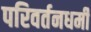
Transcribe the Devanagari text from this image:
परिवर्तनधर्मी